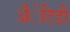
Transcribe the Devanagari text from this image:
अँेटिडी